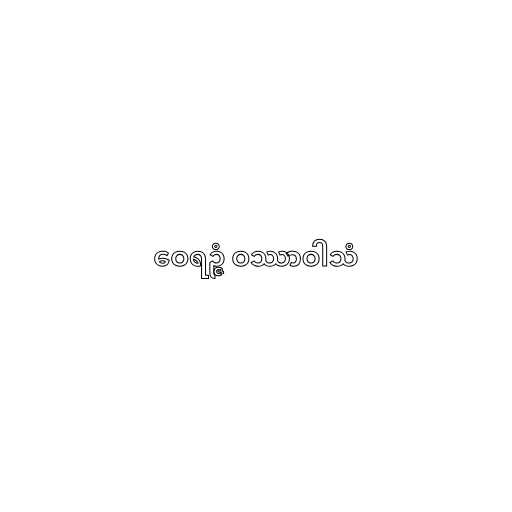
ဝေရဉ္ဇံ ဝဿာဝါသံ